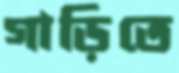
গাড়িতে